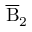
\overline { { \mathrm B } } _ { 2 }